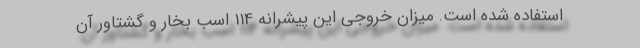
استفاده شده است. میزان خروجی این پیشرانه 114 اسب بخار و گشتاور آن